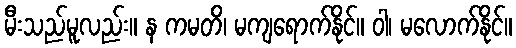
မီးသည်မူလည်း။ န ကမတိ၊ မကျရောက်နိုင်။ ဝါ၊ မလောက်နိုင်။